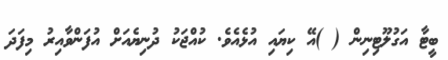
ބީޓާ އަގުލޫޓިނިން ( )އޭ ކިޔައި އުޅެއެވެ. ކުއްޖަކު ދުނިޔެއަށް އުފަންވާއިރު މިފަދަ